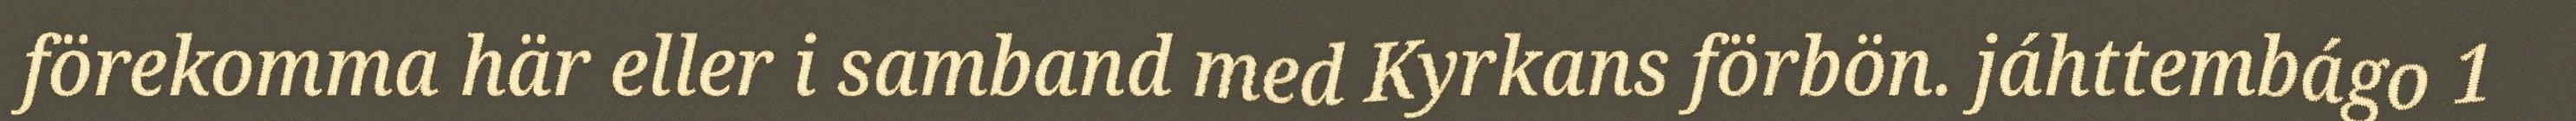
förekomma här eller i samband med Kyrkans förbön. jáhttembágo 1